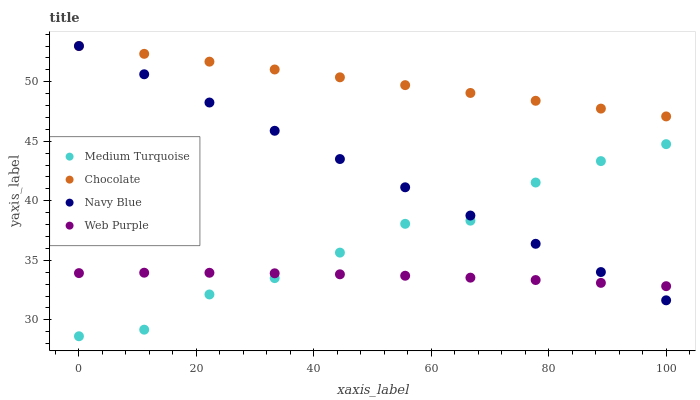
| xaxis_label | Medium Turquoise | Chocolate | Navy Blue | Web Purple |
 | --- | --- | --- | --- | --- |
 | 0 | 28.6 | 53 | 53 | 33.9 |
 | 11.1 | 29.2 | 52.3 | 50.6 | 34 |
 | 22.2 | 32.1 | 51.7 | 48.3 | 34 |
 | 33.3 | 33.5 | 51 | 45.9 | 33.9 |
 | 44.4 | 35.6 | 50.4 | 43.5 | 33.8 |
 | 55.6 | 38.1 | 49.7 | 41.1 | 33.7 |
 | 66.7 | 38.3 | 49.1 | 38.8 | 33.5 |
 | 77.8 | 41.5 | 48.4 | 36.4 | 33.3 |
 | 88.9 | 43.3 | 47.7 | 34 | 33.1 |
 | 100 | 44.8 | 47.1 | 31.6 | 32.8 |